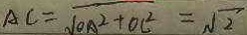
A C = \sqrt { O A ^ { 2 } + O C ^ { 2 } } = \sqrt { 2 }